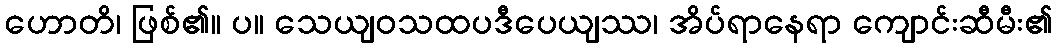
ဟောတိ၊ ဖြစ်၏။ ပ။ သေယျဝသထပဒီပေယျဿ၊ အိပ်ရာနေရာ ကျောင်းဆီမီး၏